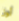
أوز